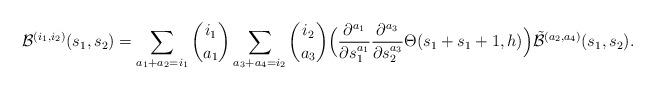
LaTeX: \begin{align*} \mathcal{B}^{(i_1,i_2)} (s_1,s_2) = \sum_{a_1+a_2=i_1} \binom{i_1}{a_1} \sum_{a_3+a_4=i_2} \binom{i_2}{a_3} \Big( \frac{ \partial^{a_1} }{ \partial s_{1}^{a_1} } \frac{ \partial^{a_3}}{\partial s_{2}^{a_3}} \Theta(s_1+s_1+1,h) \Big) \tilde{\mathcal{B}}^{(a_2,a_4)} (s_1,s_2). \end{align*}